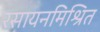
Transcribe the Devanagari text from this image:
रसायनमिश्रित